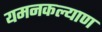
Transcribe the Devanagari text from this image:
यमनकल्याण